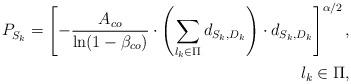
LaTeX: \begin{align*}\begin{aligned}P_{S_k}^{} =\left[-\frac{A_{co}}{\ln(1-\beta_{co})} \cdot \left(\sum\limits_{l_k \in \Pi} d_{S_k,D_k} \right) \cdot d_{S_k,D_k} \right]^{\alpha/2}, \\ l_k \in \Pi,\end{aligned}\end{align*}